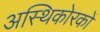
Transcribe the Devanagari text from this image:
अस्थिकोरकों